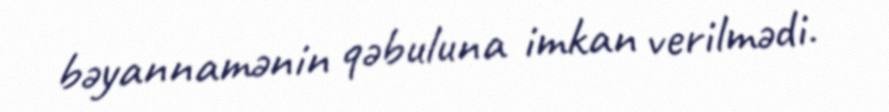
bəyannamənin qəbuluna imkan verilmədi.